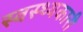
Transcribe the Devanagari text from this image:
स्वस्थ्यकारी